Vaccination Hyderabad 1890-1903 - 1890-1903
Year: 1890
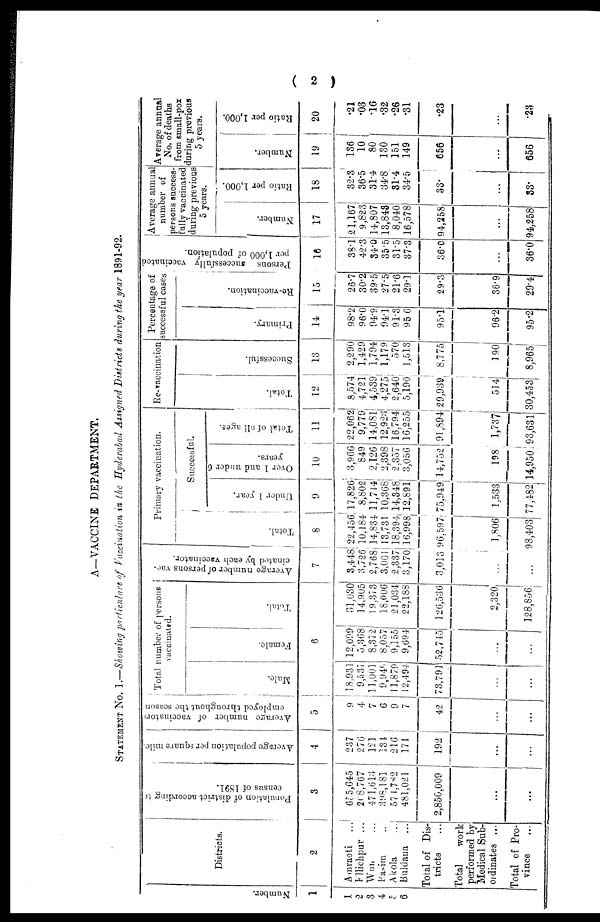
( 2 )
A—VACCINE DEPARTMENT.
STATEMENT No. 1.—Showing particulars of Vaccination in the Hyderabad Assigned Districts during the year 1891-92.
Number.
1
1
2
3
4
5
6
Districts.
2
Amraoti ...
Ellichpur ...
Wun ...
Basim ...
Akola ...
Buldana ...
Total of Dis-
tricts ...
Total
work
performed by
Medical Sub-
ordinates ...
Total of Pro-
vince ...
Population of district according to
census of 1891.
3
655,645
268,767
471,613
398,181
574,782
481,021
2,850,009
...
...
Average population per square mile.
4
237
276
121
134
216
171
192
...
...
Average number of vaccinators
employed throughout the season
Total number of persons
vaccinated.
Male.
Female.
Total.
5
9
4
7
6
9
7
42
...
...
18,931
9,537
11,001
9,949
11,879
12,494
73,791
...
...
12,099
5,368
8,372
8,057
9,155
9,694
52,745
...
...
31,030
14,905
19,373
18,006
21,034
22,188
126,536
2,320
128,856
Average number of persons vac¬
cinated by each vaccinator.
7
3,448
3,726
2,768
3,001
2,337
3,170
3,013
...
...
Primary vaccination.
Total.
8
22,456
10,184
14,834
13,731
18,394
16,998
96,597
1,806
98,403
Successful.
Under 1 year.
9
17,826
8,802
11,714
10,368
14,348
12,891
75,949
1,533
77,482
Over 1 and under 6
years.
10
3,966
849
2,126
2,398
2,357
3,056
14,752
198
14,950
Total of all ages.
11
22,062
9,779
14,081
12,923
16,794
16,255
91,894
1,737
93,631
Re-vaccination
Total.
12
8,574
4,721
4,539
4,275
2,640
5,190
29,939
514
30,453
Successful.
13
2,290
1,429
1,794
1,179
570
1,513
8,775
190
8,965
Percentage of
successful cases
Primary.
14
98.2
96.0
94.9
94.1
91.3
95.6
95.1
96.2
95.2
Re-vaccination.
15
26.7
30.2
39.5
27.5
21.6
29.1
29.3
36.9
29.4
Persons successfully vaccinated
per 1,000 of population.
16
38.1
42.3
34.0
35.5
31.5
37.3
36.0
...
36.0
Average annual
number of
persons success-
fully vaccinated
during previous
5 years.
Number.
17
21,167
9,823
14,807
13,843
8,040
16,578
94,258
...
94,258
Ratio per 1,000.
18
32.3
36.5
31.4
34.8
31.4
34.5
33.
...
33.
Average annual
No. of deaths
from small-pox
during previous
5 years.
Number.
19
136
10
80
130
151
149
656
...
656
Ratio per 1,000.
20
.21
.03
.16
.32
.26
.31
.23
...
.23